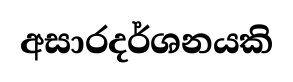
අසාරදර්ශනයකි